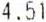
4.51